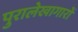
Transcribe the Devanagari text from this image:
पुरालेखागारों